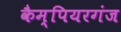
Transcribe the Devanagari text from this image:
कैम्पियरगंज